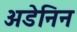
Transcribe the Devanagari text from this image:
अडेनिन